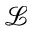
\mathcal { L }